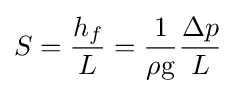
S={\frac {h_{f}}{L}}={\frac {1}{\rho \mathrm {g} }}{\frac {\Delta p}{L}}